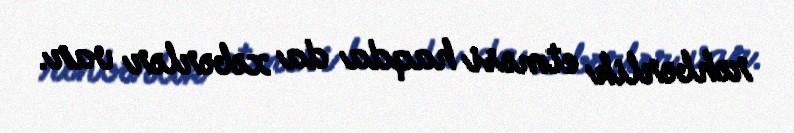
rəhbərlik etməsi haqda da xəbərlər var.